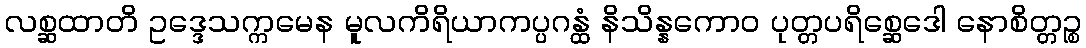
လစ္ဆထာတိ ဥဒ္ဒေသက္ကမေန မူလကိရိယာကပ္ပဂန္ထံ နိသိန္နကောဝ ပုတ္တပရိစ္ဆေဒေါ နောစိတ္တဉ္စ